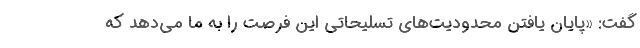
گفت: «پایان یافتن محدودیت‌های تسلیحاتی این فرصت را به ما می‌دهد که